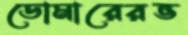
ডোমারেরভ